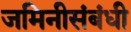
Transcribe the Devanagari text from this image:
जमिनीसंबंधी